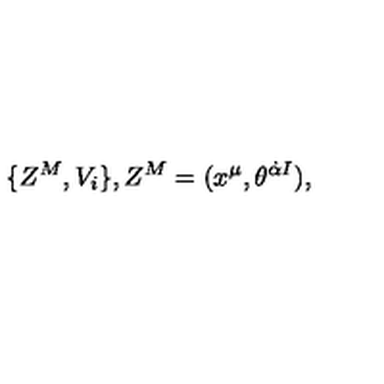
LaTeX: \{ Z ^ { M } , V _ { i } \} , Z ^ { M } = ( x ^ { \mu } , \theta ^ { \dot { \alpha } I } ) ,